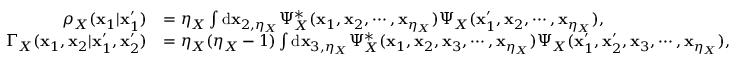
\begin{array} { r l } { \rho _ { X } ( \mathbf { x } _ { 1 } | \mathbf { x } _ { 1 } ^ { \prime } ) } & { = \eta _ { X } \int \mathrm { d } \mathbf { x } _ { 2 , \eta _ { X } } \Psi _ { X } ^ { * } ( \mathbf { x } _ { 1 } , \mathbf { x } _ { 2 } , \cdots , \mathbf { x } _ { \eta _ { X } } ) \Psi _ { X } ( \mathbf { x } _ { 1 } ^ { \prime } , \mathbf { x } _ { 2 } , \cdots , \mathbf { x } _ { \eta _ { X } } ) , } \\ { \Gamma _ { X } ( \mathbf { x } _ { 1 } , \mathbf { x } _ { 2 } | \mathbf { x } _ { 1 } ^ { \prime } , \mathbf { x } _ { 2 } ^ { \prime } ) } & { = \eta _ { X } ( \eta _ { X } - 1 ) \int \mathrm { d } \mathbf { x } _ { 3 , \eta _ { X } } \Psi _ { X } ^ { * } ( \mathbf { x } _ { 1 } , \mathbf { x } _ { 2 } , \mathbf { x } _ { 3 } , \cdots , \mathbf { x } _ { \eta _ { X } } ) \Psi _ { X } ( \mathbf { x } _ { 1 } ^ { \prime } , \mathbf { x } _ { 2 } ^ { \prime } , \mathbf { x } _ { 3 } , \cdots , \mathbf { x } _ { \eta _ { X } } ) , } \end{array}